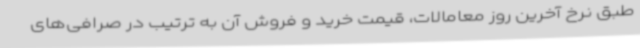
طبق نرخ آخرین روز معامالات، قیمت خرید و فروش آن به ترتیب در صرافی‌های